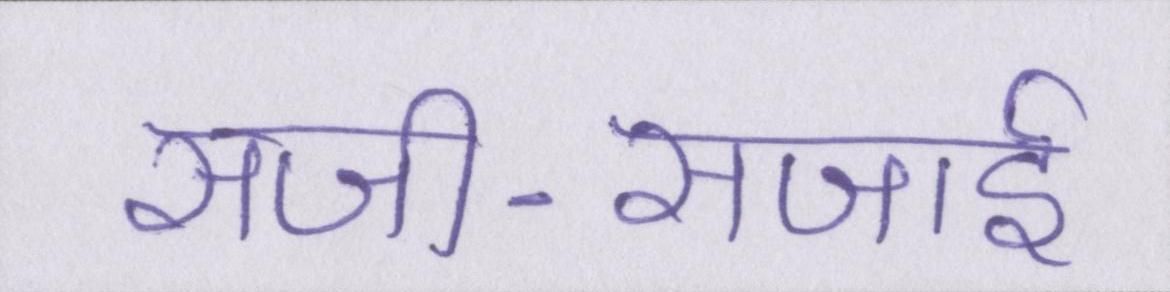
सजी-सजाई